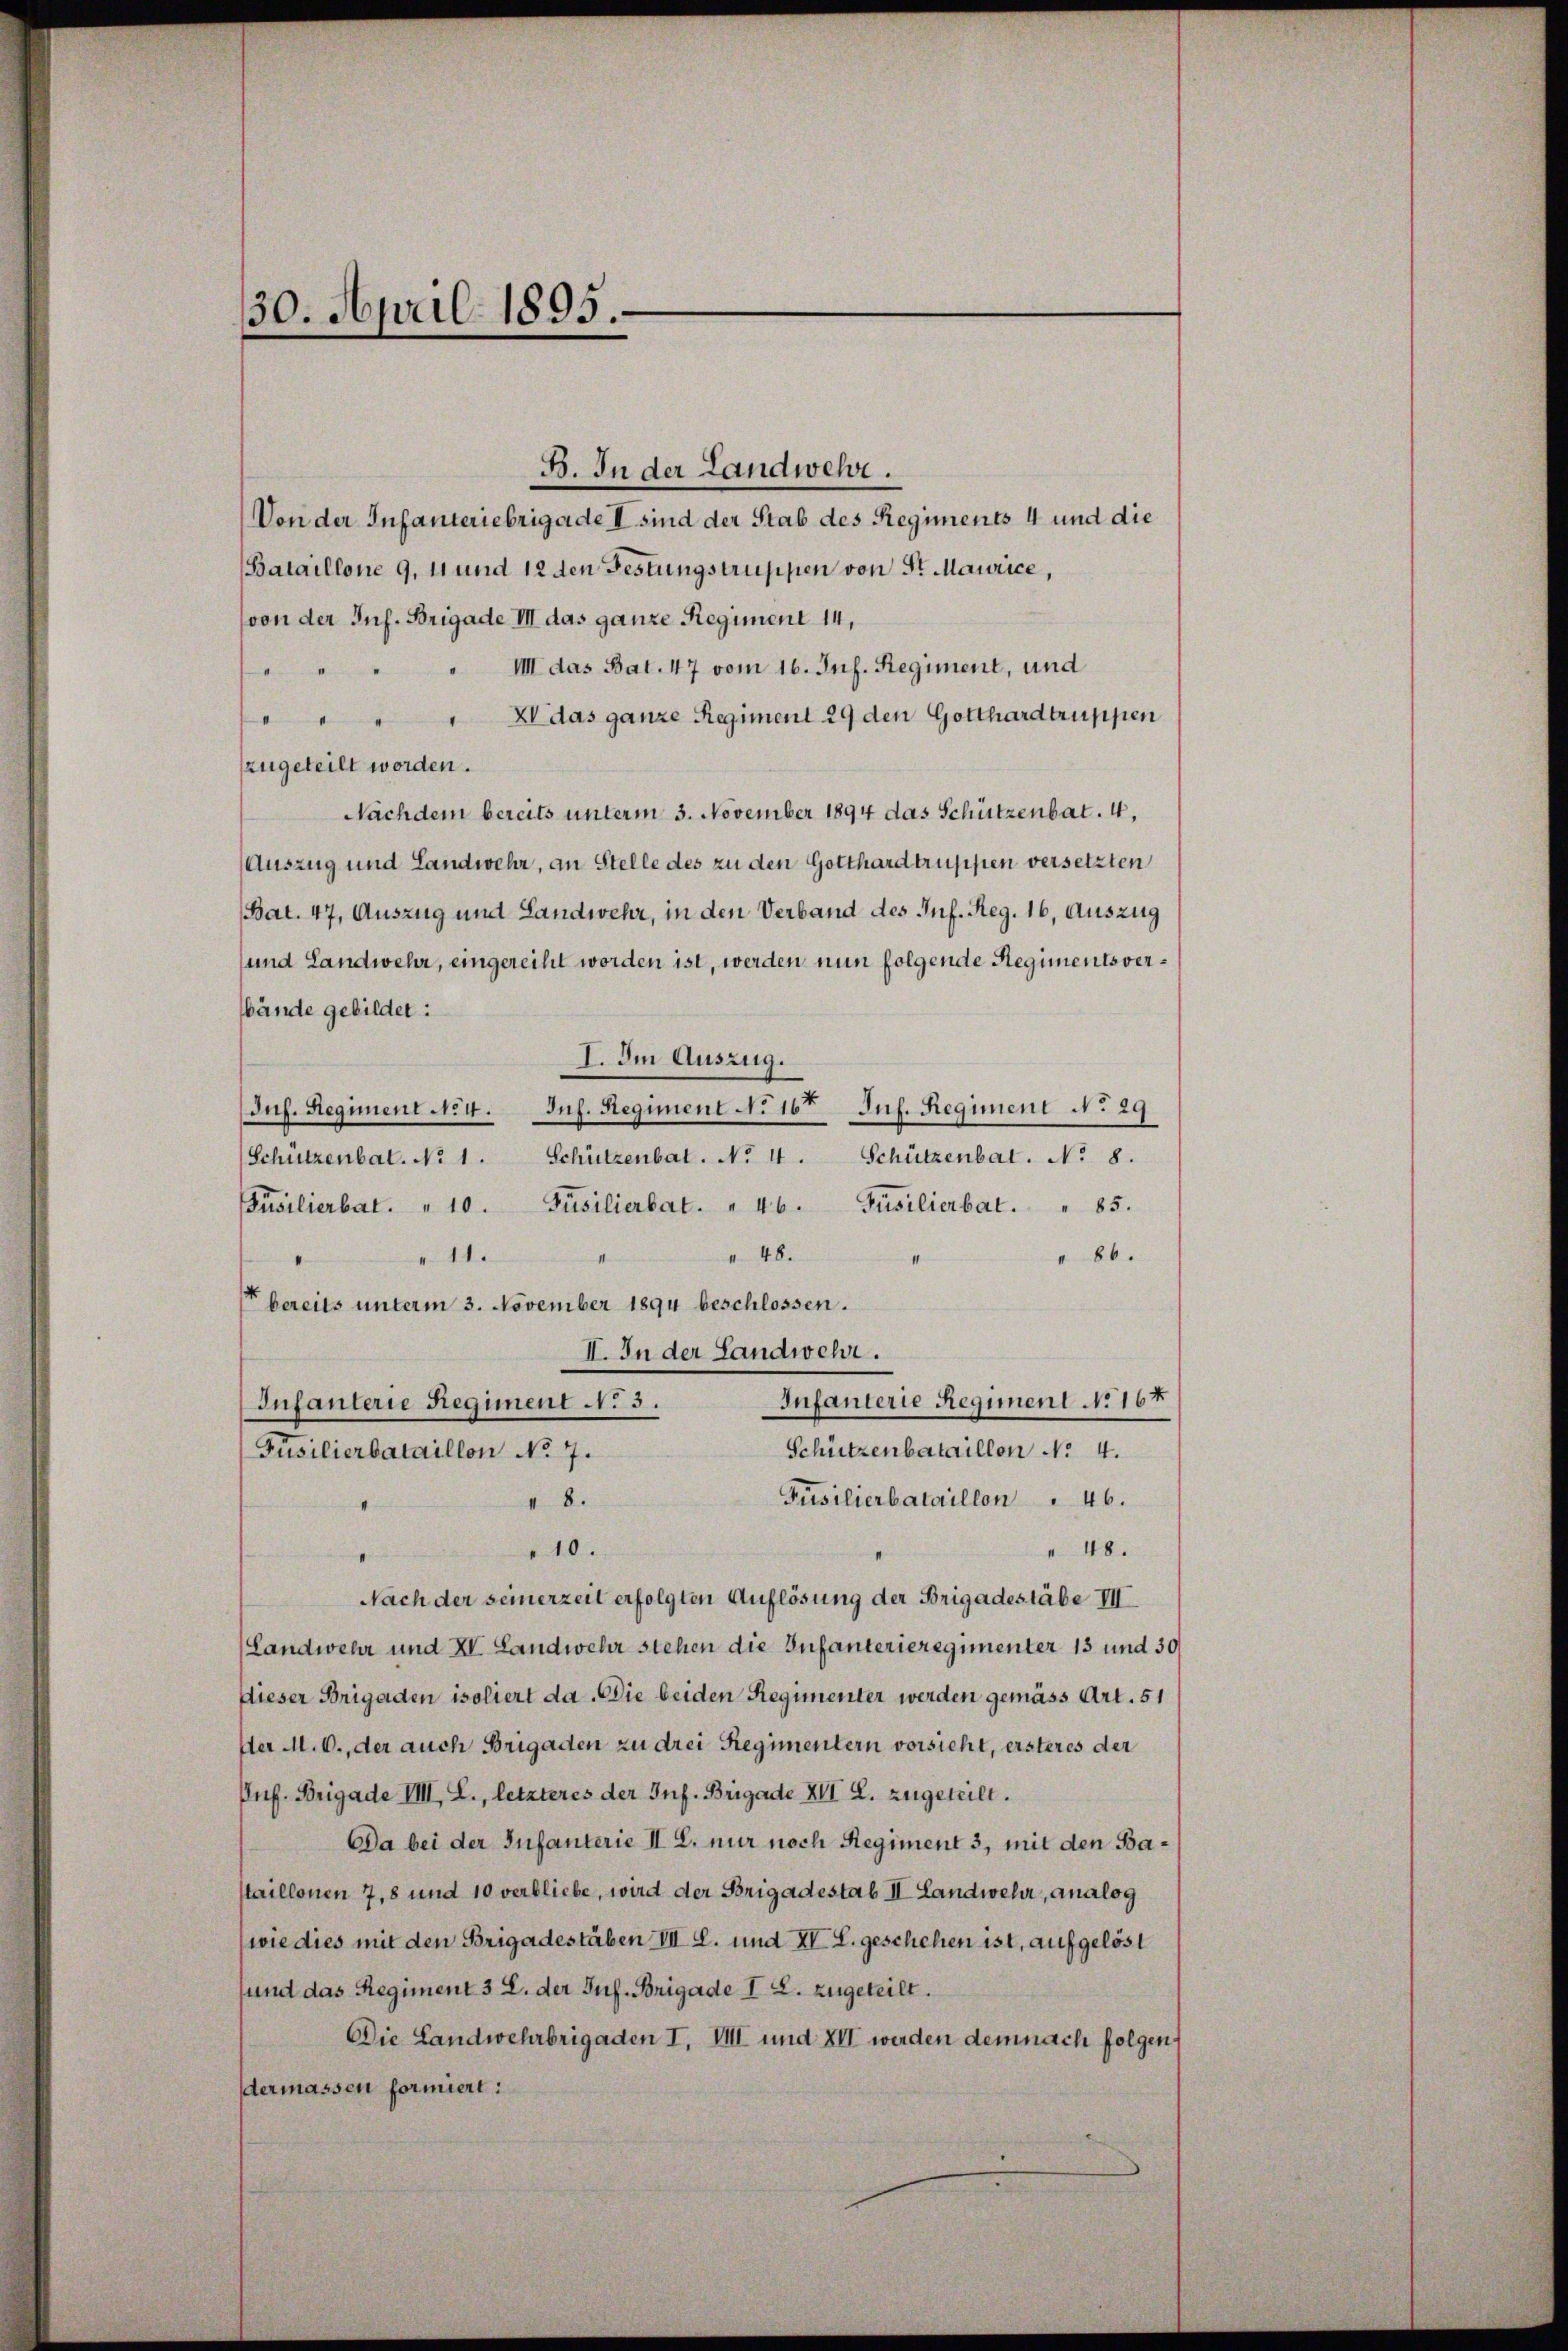
30. April 1895.

B. In der Landwehr.

Von der Infanteriebrigade I sind der Stab des Regiments 4 und die
Bataillone 9, 11 und 12 den Festungstruppen von Sr. Maurice,
von der Inf. Brigade III das ganze Regiment 14,
VIII das Bat. 47 vom 16. Jul. Regiment, und
.
.
XV das ganze Regiment 29 den Gotthardtruppen
d
zugeteilt worden.
Nachdem bereits unterm 3. November 1894 das Schützenbat. 4,
Auszug und Landwehr, an Stelle des zu den Gotthardtruppen versetzten
Bat. 47, Auszug und Landwehr, in den Verband des Inf. Reg. 16, Auszug
(und Landwehr, eingereiht worden ist, werden nun folgende Regiments verbände gebildet:
I. Im Auszug.
Juf. Regiment 124. Inf. Regiment No 16ten Jul. Regiment No 29
Schützenbal. No 1. Schützenbat. No 4. Schützenbat. No 8.
Püsilierbat. " 46. Füsilierbat. " 85.
Füsilierbat. " 10.
 48.
" 86.
11.
 bereits unterm 3. November 1894 beschlossen.
II. In der Landwehr.
Infanterie Regiment No 167
Infanterie Regiment No 3.
Schützenbataillon No 4.
Füsilierbataillon No 7.
Füsilierbataillon 46.
 8.
 48.
10.
Nach der seinerzeit erfolgten Auflösung der Brigadestäbe III
(Landwehr und XV. Landwehr stehen die Infanterieregimenter 13 und 30
dieser Brigaden isoliert da. Die beiden Regimenter werden gemäss Art. 51
ster M. D., der auch Brigaden zu drei Regimentern vorsieht, ersteres der
Pnf. Brigade IIII, L., letzteres der Inf. Brigade XII. L. zugeteilt.
Da bei der Infanterie II 2. nur noch Regiment 3, mit den Bastaillonen 7,8 und 10 verbliebe, wird der Brigadestab II. Landwehr, analog
(wie dies mit den Brigadestäben III S. und XV. L. geschehen ist, aufgelöst
sund das Regiment 3 L. der Suf. Brigade I L. zugeteilt.
Die Landwehrbrigaden I. III und XII werden demnach folgen,
dermassen formiert: